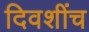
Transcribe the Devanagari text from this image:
दिवशींच